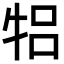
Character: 𬌞